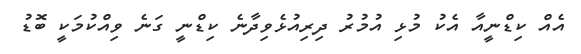
އެއް ކިޑްނީއާ އެކު މުޅި އުމުރު ދިރިއުޅެވިދާނެ ކިޑްނީ ގަނެ ވިއްކުމަކީ ބޮޑު